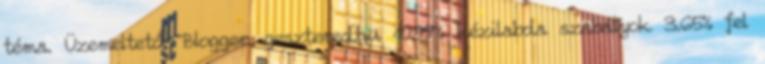
téma. Üzemeltető: Blogger. gesztered.hu 10.99% kézilabda szabályok 3.65% fel